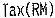
TAX(RM)